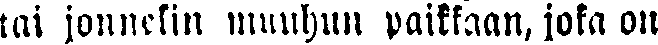
tai jonnekin muuhun paikkaan, joka on